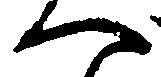
へ